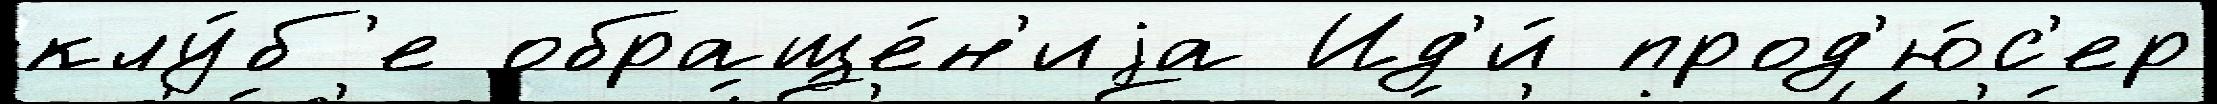
клу́б'е обраще́н'иjа Ид'и́ прод'ю́с'ер